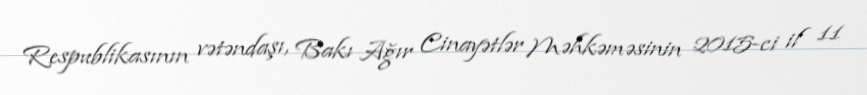
Respublikasının vətəndaşı, Bakı Ağır Cinayətlər Məhkəməsinin 2015-ci il 11